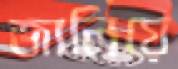
জালিয়ে